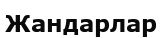
Жандарлар